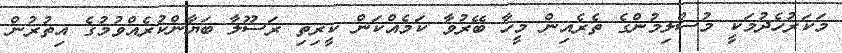
މަކަރުހެދުމަކީ މުސްލިމުންގެ ތެރެއިން މީހާ ބޭރުވާ ކަމެއްކަން ކީރިތި ރަސޫލާ ބަޔާންކުރެއްވުމުގެ އިތުރުން